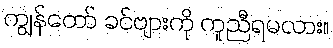
ကျွန်တော် ခင်ဗျားကို ကူညီရမလား။